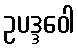
ဥပဒ္ဒဝေါ